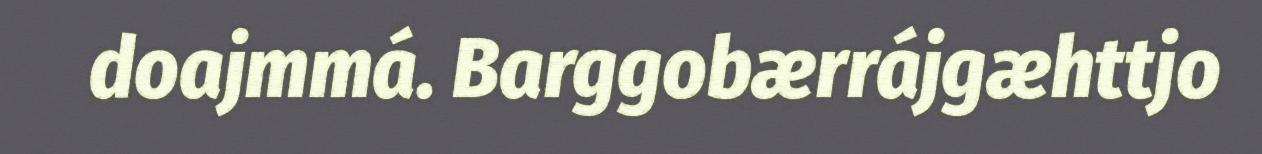
doajmmá. Barggobærrájgæhttjo